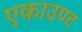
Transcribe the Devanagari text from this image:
एकाउण्ट